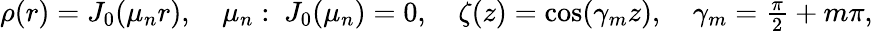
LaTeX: \begin{array}{r}{\rho(r)=J_{0}(\mu_{n}r),\quad\mu_{n}:\ J_{0}(\mu_{n})=0,\quad\zeta(z)=\cos(\gamma_{m}z),\quad\gamma_{m}=\frac{\pi}{2}+m\pi,}\end{array}